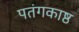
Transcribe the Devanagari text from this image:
पतंगकाष्ठ